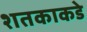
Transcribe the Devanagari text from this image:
शतकाकडे